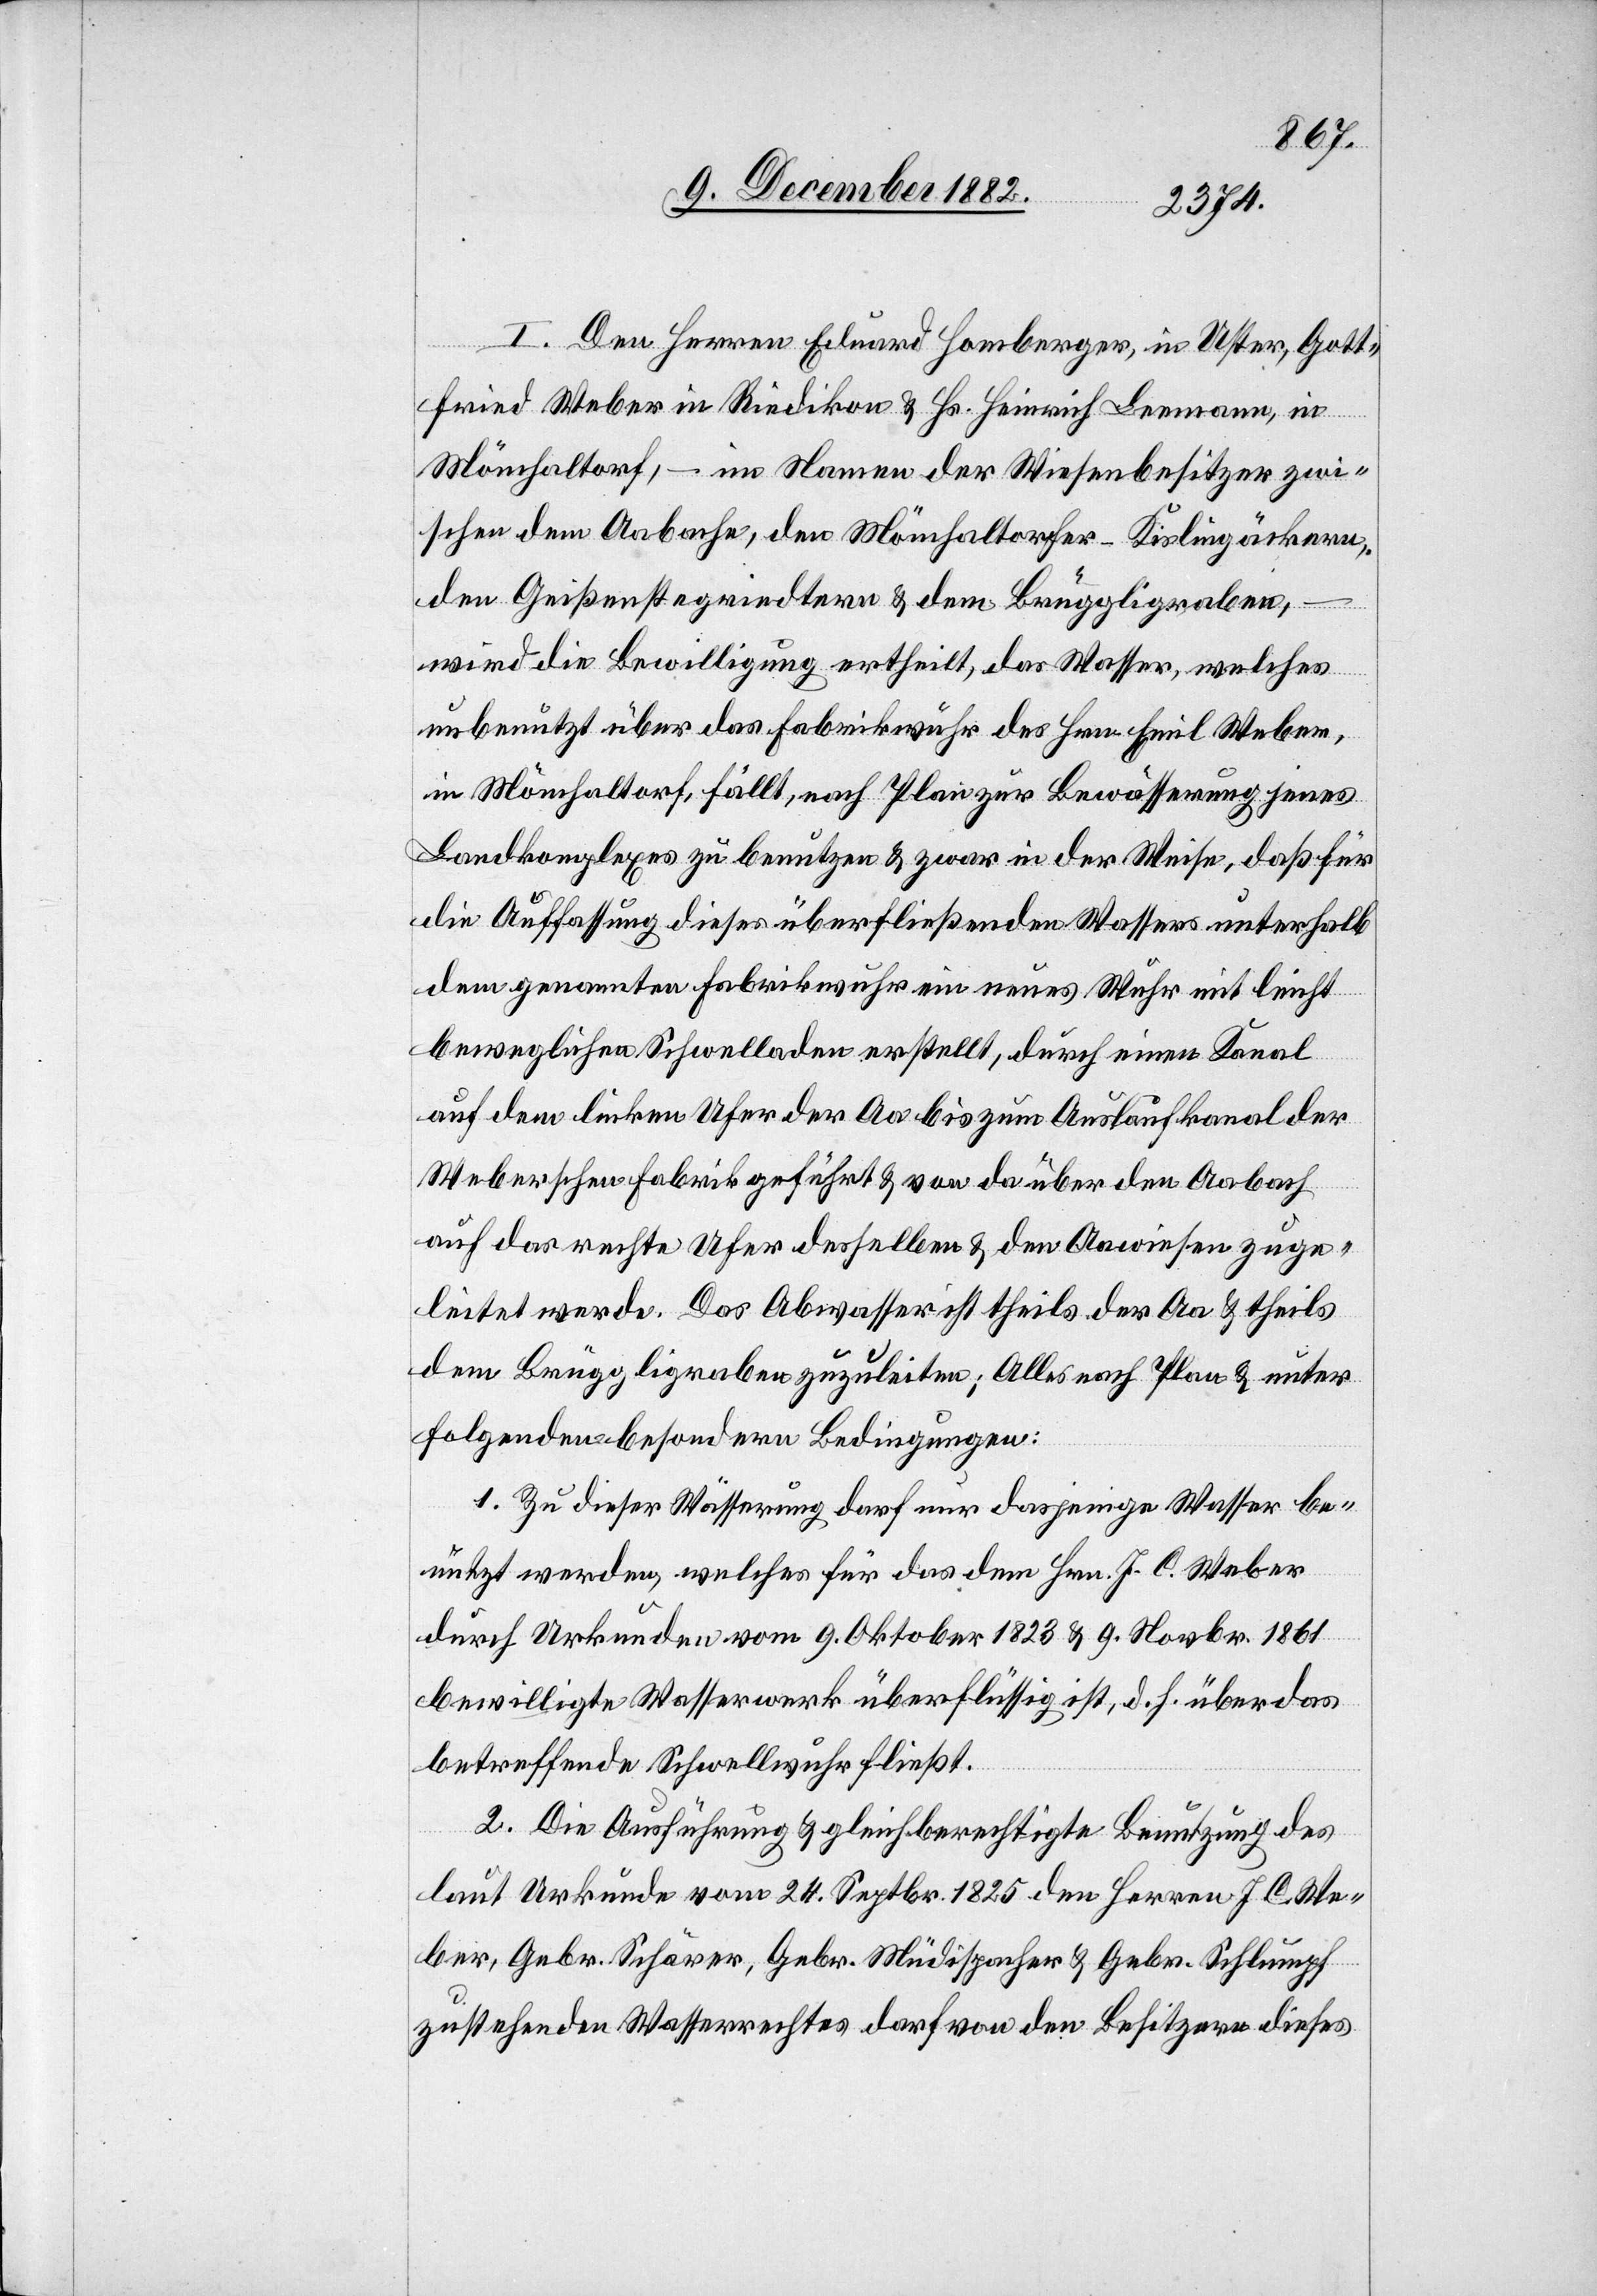
I. Den Herren Eduard Homberger, in Uster, Gott¬
fried Weber in Riedikon & Hs. Heinrich Leemann, in
Mönchaltorf, – im Namen der Wiesenbesitzer zwi¬
schen dem Aabache, den Mönchaltorfer-Kislingäckern,
den Geißenstegriedtern & dem Brüggligraben,
wird die Bewilligung ertheilt, das Wasser, welches
unbenutzt über das Fabrikwuhr des Hrn. Emil Weber,
in Mönchaltorf, fällt, nach Plan zur Bewässerung jenes
Landkomplexes zu benutzen & zwar in der Weise, daß für
die Auffassung dieses überfließenden Wassers unterhalb
dem genannten Fabrikwuhr ein neues Wuhr mit leicht
beweglichen Schwelladen erstellt, durch einen Kanal
auf dem linken Ufer der Aa bis zum Auslaufkanal der
Weberschen Fabrik gehört & von da über den Aabach
auf das rechte Ufer desselben & den Aawiesen zuge¬
leitet werde. Das Abwasser ist theils der Aa & theils
dem Brüggligraben zuzuleiten; Alles nach Plan & unter
folgenden besondern Bedingungen:
1. Zu dieser Wässerung darf nur dasjenige Wasser be¬
nützt werden, welches für das dem Hrn. J. C. Weber
durch Urkunden vom 9. Oktober 1823 & 9. Novbr. 1861
bewilligte Wasserwerk überflüssig ist, d. h. über das
betreffende Schwellwuhr fließt.
2. Die Ausführung & gleichberechtigte Benutzung des
laut Urkunde vom 24. Septbr. 1825 den Herren J. C. We¬
ber, Gebr. Schärer, Gebr. Müdispacher & Gebr. Schlumpf
zustehenden Wasserrechtes darf von den Besitzern dieses